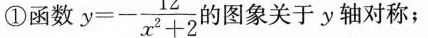
①函数 $$y = - \frac { 1 2 } { x ^ { 2 } + 2 }$$ 的图象关于y轴对称；